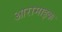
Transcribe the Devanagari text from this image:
आरामाइक